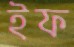
ইফ